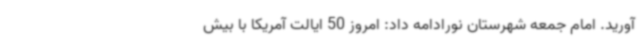
آورید. امام جمعه شهرستان نورادامه داد: امروز 50 ایالت آمریکا با بیش